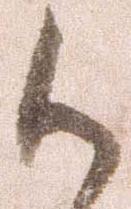
御